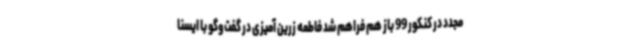
مجدد در کنکور 99 باز هم فراهم شد فاطمه زرین آمیزی در گفت‌وگو با ایسنا